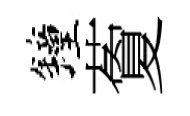
鐘藑